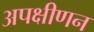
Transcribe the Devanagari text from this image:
अपक्षीणन